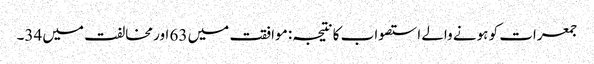
جمعرات کو ہونے والے استصواب کا نتیجہ: موافقت میں 63 اور مخالفت میں 34۔